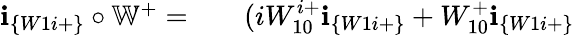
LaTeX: \begin{array}{rlr}{\textbf{i}_{\{ W1i+\} }\circ\mathbb{W}^{+}=}&{{}}&{(iW_{10}^{i+}\textbf{i}_{\{ W1i+\} }+W_{10}^{+}\textbf{i}_{\{ W1i+\} }}\end{array}